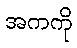
အကကို